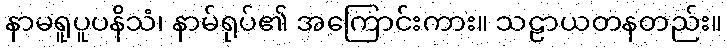
နာမရူပူပနိသံ၊ နာမ်ရုပ်၏ အကြောင်းကား။ သဠာယတနတည်း။